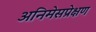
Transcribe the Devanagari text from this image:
अनिमेसप्रेक्षण